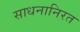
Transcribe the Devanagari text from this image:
साधनानिरत